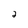
Character: 2